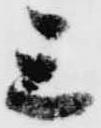
三